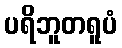
ပရိဘူတရူပံ